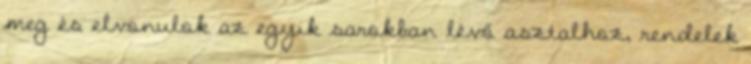
meg és elvonulok az egyik sarokban lévő asztalhoz, rendelek